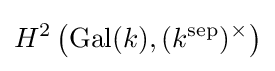
H^{2}\left(\mathrm {Gal} (k),(k^{\mathrm {sep} })^{\times }\right)